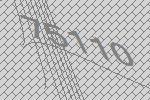
75110